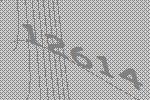
12614